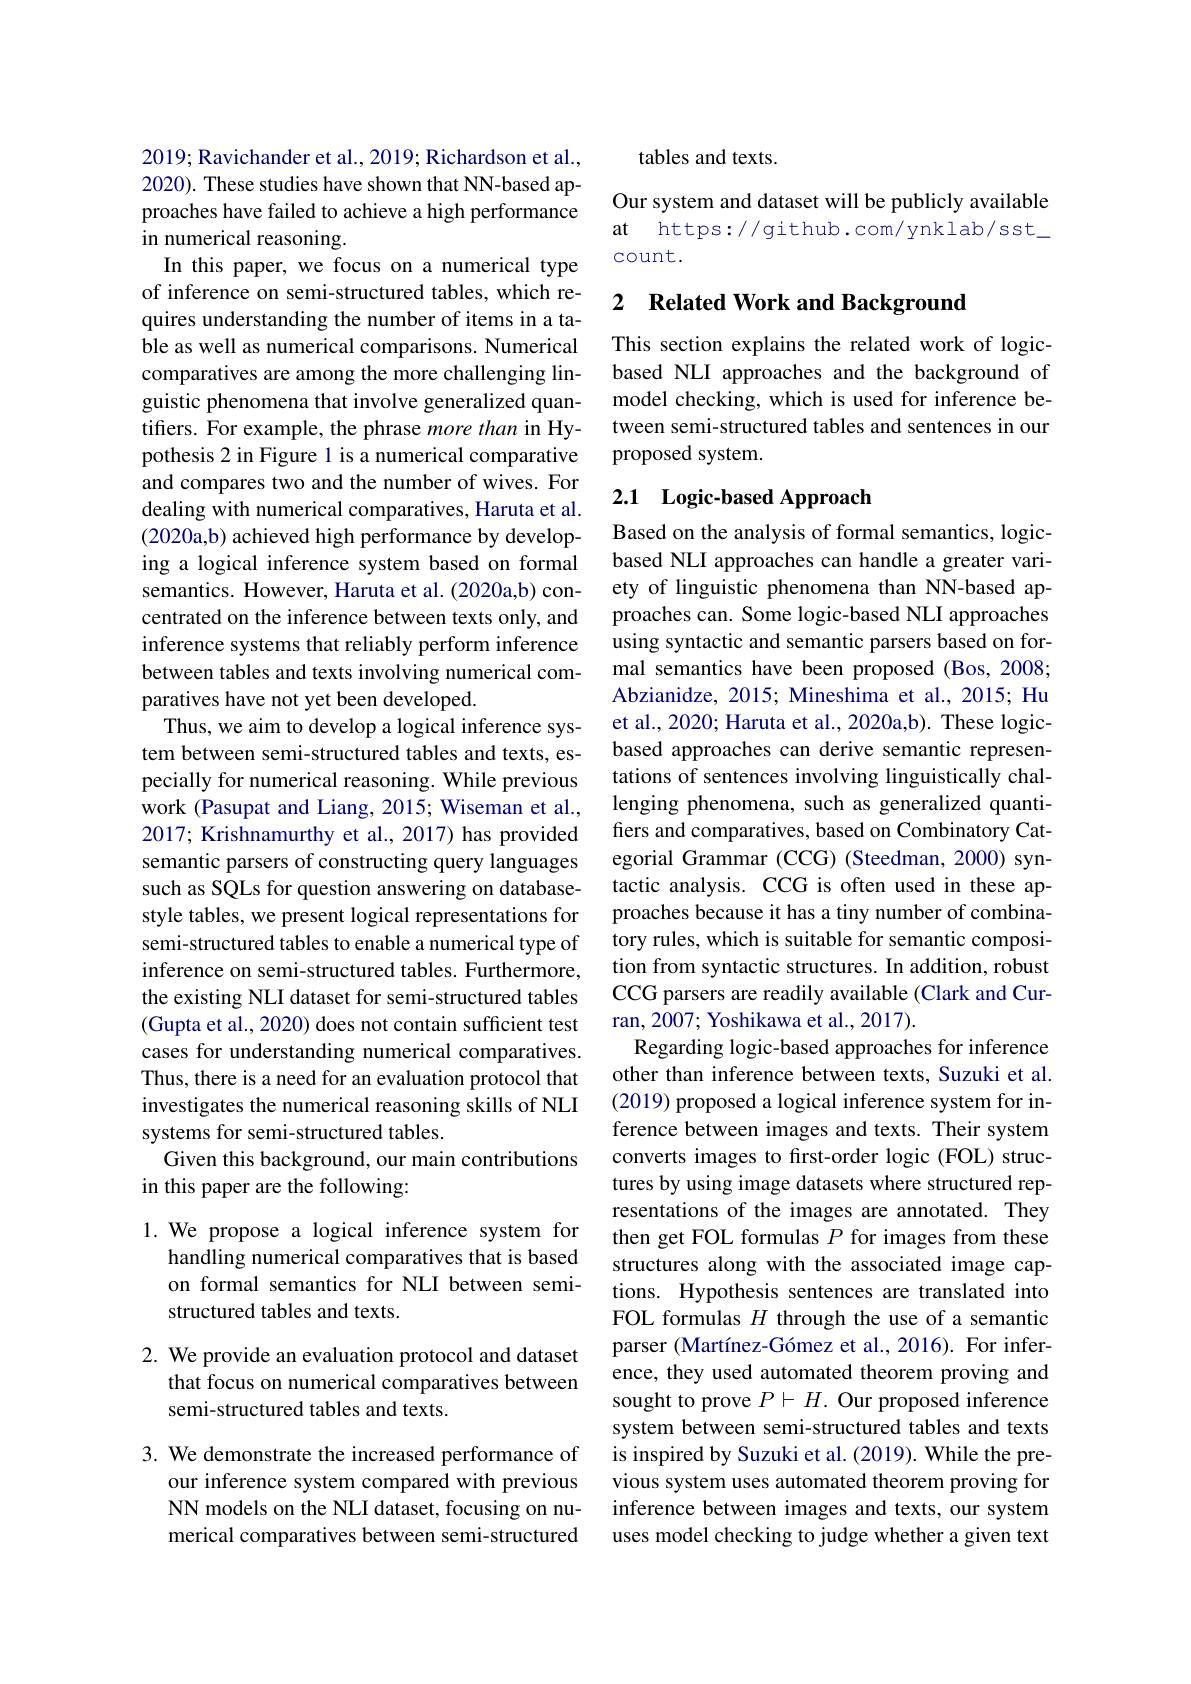
2019; Ravichander et al., 2019; Richardson et al., 2020). These studies have shown that NN-based approaches have failed to achieve a high performance in numerical reasoning.
In this paper, we focus on a numerical type of inference on semi-structured tables, which requires understanding the number of items in a table as well as numerical comparisons. Numerical comparatives are among the more challenging linguistic phenomena that involve generalized quantifers. For example, the phrase more than in Hypothesis 2 in Figure l is a numerical comparative and compares two and the number of wives. For dealing with numerical comparatives, Haruta et al. (2020a,b) achieved high performance by developing a logical inference system based on formal semantics. However, Haruta et al. (2020a,b) concentrated on the inference between texts only, and inference systems that reliably perform inference between tables and texts involving numerical comparatives have not yet been developed.
Thus, we aim to develop a logical inference system between semi-structured tables and texts, especially for numerical reasoning. While previous work (Pasupat and Liang, 2015; Wiseman et al., 2017; Krishnamurthy et al., 2017) has provided semantic parsers of constructing query languages such as SQLs for question answering on databasestyle tables, we present logical representations for semi-structured tables to enable a numerical type of inference on semi-structured tables. Furthermore, the existing NLI dataset for semi-structured tables (Gupta et al., 2020) does not contain sufficient test cases for understanding numerical comparatives. Thus, there is a need for an evaluation protocol that investigates the numerical reasoning skills of NLI systems for semi-structured tables.
Given this background, our main contributions
in this paper are the following:

1. We propose a logical inference system for
handling numerical comparatives that is based on formal semantics for NLI between semistructured tables and texts.

2. We provide an evaluation protocol and dataset
that focus on numerical comparatives between
semi-structured tables and texts.

3. We demonstrate the increased performance of
our inference system compared with previous NN models on the NLI dataset, focusing on numerical comparatives between semi-structured

tables and texts.

Our system and dataset will be publicly available at https://github.com/ynklab/sst\_ count.

# 2 Related Work and Background

This section explains the related work of logicbased NLI approaches and the background of model checking, which is used for inference between semi-structured tables and sentences in our proposed system.

## 2.1 Logic-based Approach

Based on the analysis of formal semantics, logicbased NLI approaches can handle a greater variety of linguistic phenomena than NN-based approaches can. Some logic-based NLI approaches using syntactic and semantic parsers based on formal semantics have been proposed (Bos, 2008; Abzianidze, 2015; Mineshima et al., 2015; Hu et al., 2020; Haruta et al., 2020a,b). These logicbased approaches can derive semantic representations of sentences involving linguistically challenging phenomena, such as generalized quantifers and comparatives, based on Combinatory Categorial Grammar (CCG) (Steedman, 2000) syntactic analysis. CCG is often used in these approaches because it has a tiny number of combinatory rules, which is suitable for semantic composition from syntactic structures. In addition, robust CCG parsers are readily available (Clark and Curran, 2007; Yoshikawa et al., 2017).
Regarding logic-based approaches for inference other than inference between texts, Suzuki et al. (2019) proposed a logical inference system for inference between images and texts. Their system converts images to first-order logic (FOL) structures by using image datasets where structured representations of the images are annotated. They then get FOL formulas $P$ for images from these structures along with the associated image captions. Hypothesis sentences are translated into FOL formulas $H$ through the use of a semantic parser (Martínez-Gómez et al.,2016). For inference, they used automated theorem proving and sought to prove $P\vdash H.$ Our proposed inference system between semi-structured tables and texts is inspired by Suzuki et al. (2019). While the previous system uses automated theorem proving for inference between images and texts, our system uses model checking to judge whether a given text